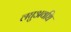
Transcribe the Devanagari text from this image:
लघुअवधि